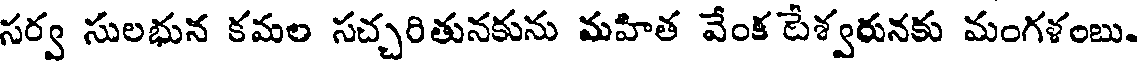
సర్వ సులభున కమల సచ్చరితునకును మహిత వేంక టేశ్వరునకు మంగళంబు.